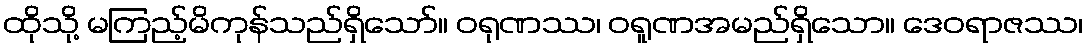
ထိုသို့ မကြည့်မိကုန်သည်ရှိသော်။ ဝရုဏဿ၊ ဝရူဏအမည်ရှိသော။ ဒေဝရာဇဿ၊